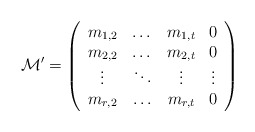
\begin{align*} \mathcal M' = \left(\begin{array}{cccc} m_{1,2} & \dots & m_{1,t} & 0\\ m_{2,2} & \dots & m_{2,t} & 0 \\ \vdots & \ddots & \vdots & \vdots \\ m_{r,2} & \hdots & m_{r,t} & 0\end{array}\right)\end{align*}